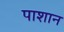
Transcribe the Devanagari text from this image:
पाशान